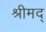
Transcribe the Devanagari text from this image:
श्रीमद्‍